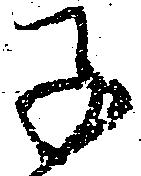
子